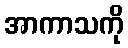
အာကာသကို